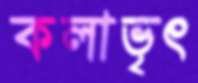
কলাভৃৎ